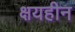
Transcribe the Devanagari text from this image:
क्षयहीन